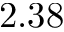
2 . 3 8